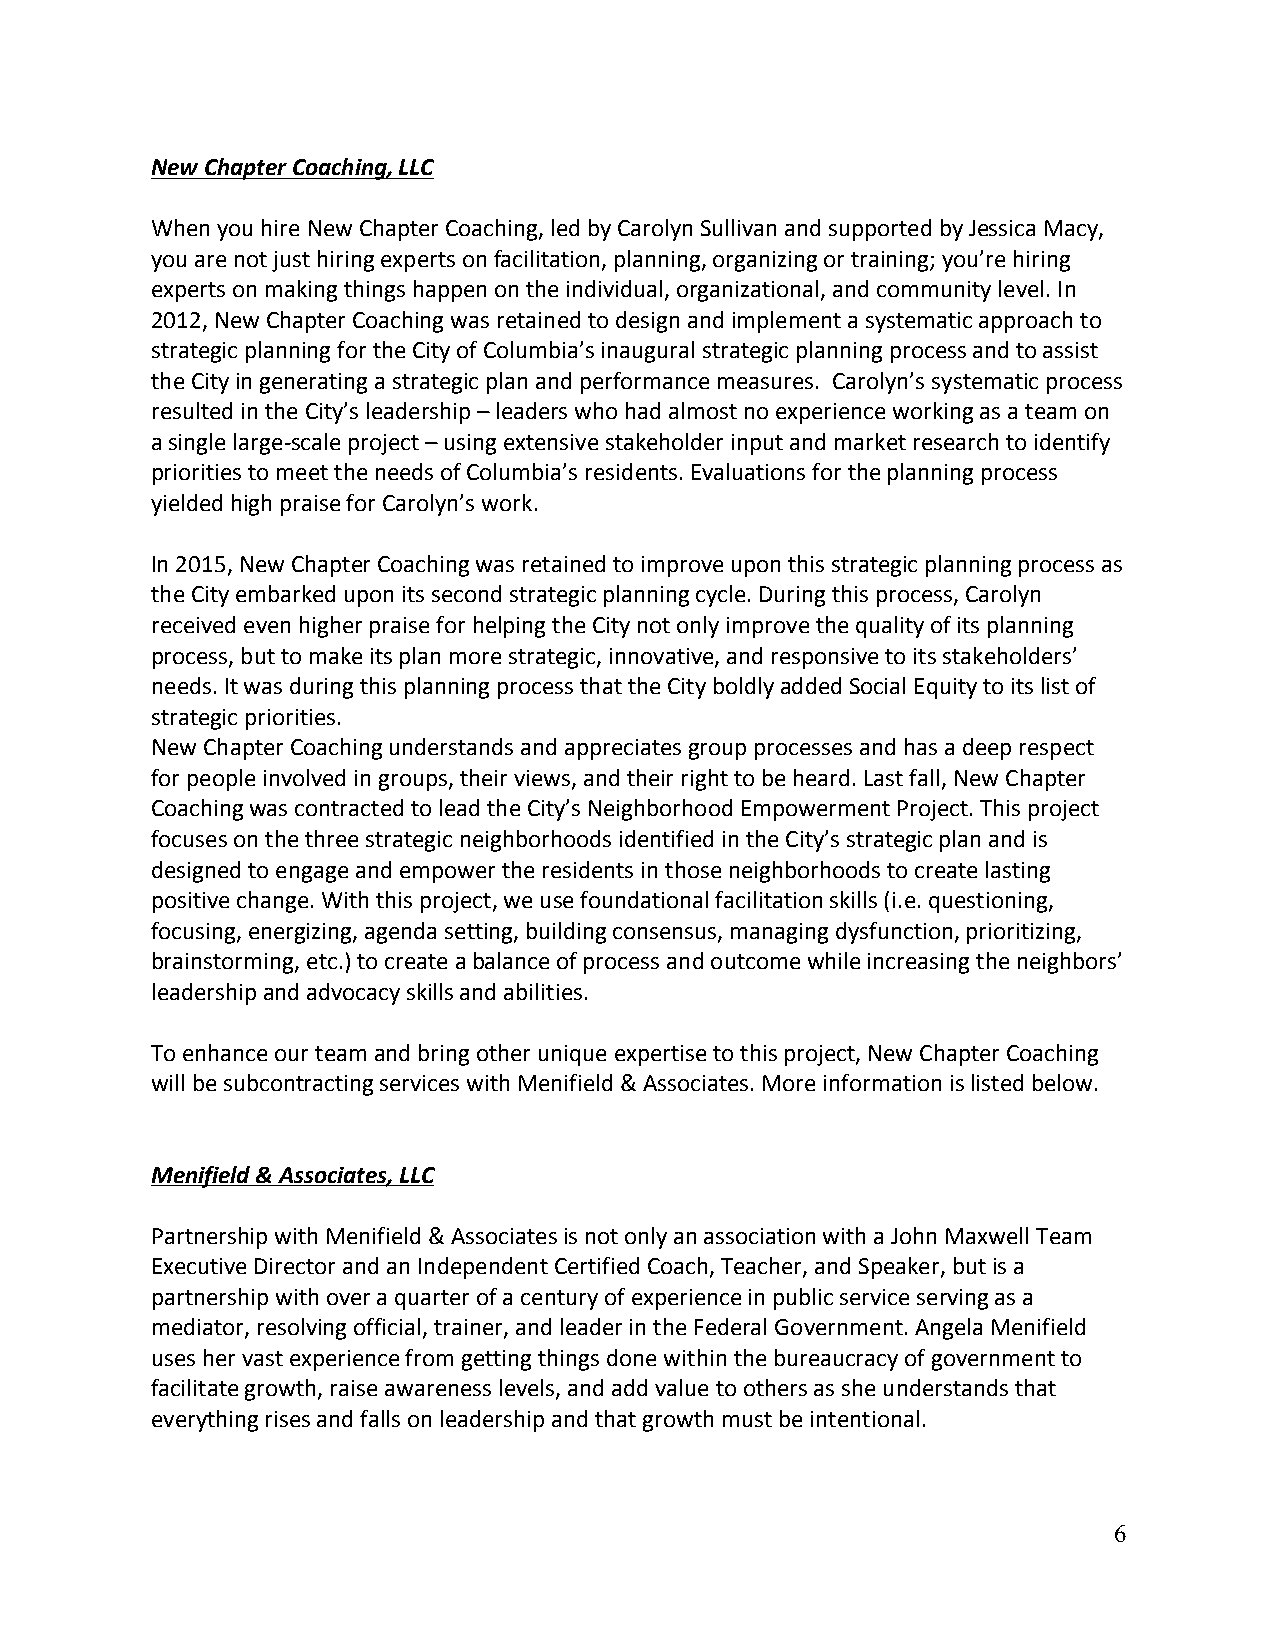
New Chapter Coaching, LLC
 When you hire New Chapter Coaching, led by Carolyn Sullivan and supported by Jessica Macy,
 you are not just hiring experts on facilitation, planning, organizing or training; you’re hiring
 experts on making things happen on the individual, organizational, and community level. In
 2012, New Chapter Coaching was retained to design and implement a systematic approach to
 strategic planning for the City of Columbia’s inaugural strategic planning process and to assist
 the City in generating a strategic plan and performance measures. Carolyn’s systematic process
 resulted in the City’s leadership – leaders who had almost no experience working as a team on
 a single large-scale project – using extensive stakeholder input and market research to identify
 priorities to meet the needs of Columbia’s residents. Evaluations for the planning process
 yielded high praise for Carolyn’s work.
 In 2015, New Chapter Coaching was retained to improve upon this strategic planning process as
 the City embarked upon its second strategic planning cycle. During this process, Carolyn
 received even higher praise for helping the City not only improve the quality of its planning
 process, but to make its plan more strategic, innovative, and responsive to its stakeholders’
 needs. It was during this planning process that the City boldly added Social Equity to its list of
 strategic priorities.
 New Chapter Coaching understands and appreciates group processes and has a deep respect
 for people involved in groups, their views, and their right to be heard. Last fall, New Chapter
 Coaching was contracted to lead the City’s Neighborhood Empowerment Project. This project
 focuses on the three strategic neighborhoods identified in the City’s strategic plan and is
 designed to engage and empower the residents in those neighborhoods to create lasting
 positive change. With this project, we use foundational facilitation skills (i.e. questioning,
 focusing, energizing, agenda setting, building consensus, managing dysfunction, prioritizing,
 brainstorming, etc.) to create a balance of process and outcome while increasing the neighbors’
 leadership and advocacy skills and abilities.
 To enhance our team and bring other unique expertise to this project, New Chapter Coaching
 will be subcontracting services with Menifield & Associates. More information is listed below.
 Menifield & Associates, LLC
 Partnership with Menifield & Associates is not only an association with a John Maxwell Team
 Executive Director and an Independent Certified Coach, Teacher, and Speaker, but is a
 partnership with over a quarter of a century of experience in public service serving as a
 mediator, resolving official, trainer, and leader in the Federal Government. Angela Menifield
 uses her vast experience from getting things done within the bureaucracy of government to
 facilitate growth, raise awareness levels, and add value to others as she understands that
 everything rises and falls on leadership and that growth must be intentional.
 6